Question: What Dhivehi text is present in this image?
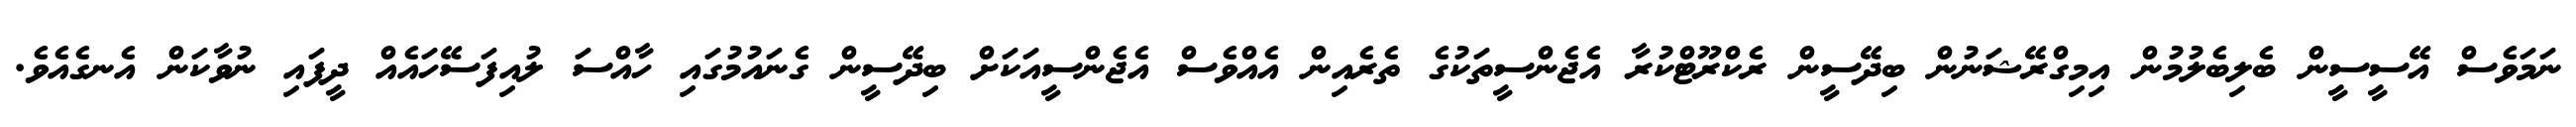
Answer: ނަމަވެސް އޭސީސީން ބެލިބެލުމުން އިމިގްރޭޝަނުން ބިދޭސީން ރެކްރޫޓްކުރާ އެޖެންސީތަކުގެ ތެރެއިން އެއްވެސް އެޖެންސީއަކަށް ބިދޭސީން ގެނައުމުގައި ހާއްސަ ލުއިފަސޭހައެއް ދީފައި ނުވާކަން އެނގެއެވެ.